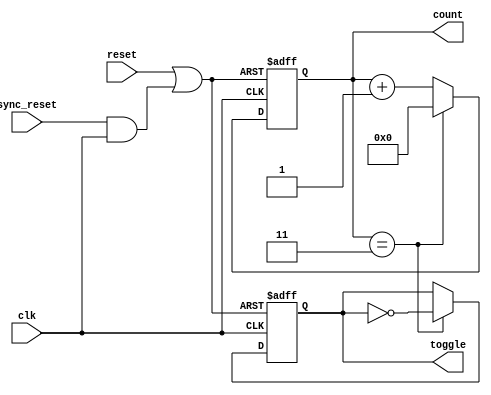
module divide_by_n_counter #(
    parameter N = 4  // Parameter to define the divide factor, should be a power of 2 for simplicity
) (
    input wire clk,         // Clock input
    input wire reset,       // Asynchronous reset
    input wire sync_reset,  // Synchronous reset
    output reg [N-1:0] count, // Current count value
    output reg toggle       // Output that toggles every N clock cycles
);
    // Internal signal to determine if the counter should reset
    wire reset_condition;

    // Combinational logic for reset condition
    assign reset_condition = reset || (sync_reset && clk);

    // Always block for the counter behavior
    always @(posedge clk or posedge reset_condition) begin
        if (reset_condition) begin
            count <= 0; // Reset the count to 0
            toggle <= 0; // Reset toggle output
        end else begin
            if (count == N-1) begin
                count <= 0; // Reset the count to 0
                toggle <= ~toggle; // Toggle the output
            end else begin
                count <= count + 1; // Increment the count
            end
        end
    end
endmodule